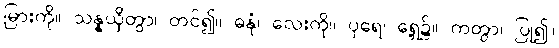
မြားကို။ သန္နယှိတွာ၊ တင်၍။ ဓနုံ၊ လေးကို။ ပုရေ၊ ရှေ့၌။ ကတွာ၊ ပြု၍။